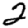
Digit: 2